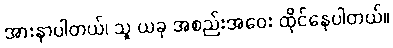
အားနာပါတယ်၊ သူ ယခု အစည်းအဝေး ထိုင်နေပါတယ်။